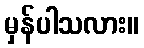
မှန်ပါသလား။